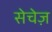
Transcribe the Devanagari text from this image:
सेचेज़